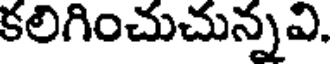
కలిగించుచున్నవి.